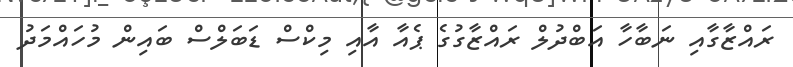
ރައްޒާގާއި ނަބާހާ އަބްދުލް ރައްޒާގުގެ ޕެއާ އާއި މިކްސް ޑަބަލްސް ބައިން މުހައްމަދު